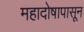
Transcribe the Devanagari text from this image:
महादोषापासून